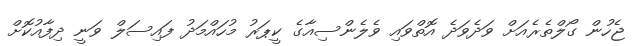
ޖެހުން ގޯލްތެރެއަށް ވަދެވަދެ އޮތްވައި ވެލެންސިއާގެ ކީޕަރު މުހައްމަދު ފައިސަލް ވަނީ ދިފާއުކޮށް